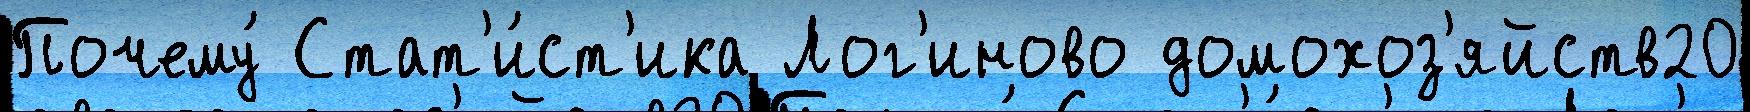
Почему́ Стат'и́ст'ика Лог'иново домохоз'яйств20